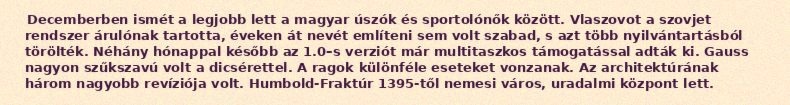
Decemberben ismét a legjobb lett a magyar úszók és sportolónők között. Vlaszovot a szovjet rendszer árulónak tartotta, éveken át nevét említeni sem volt szabad, s azt több nyilvántartásból törölték. Néhány hónappal később az 1.0–s verziót már multitaszkos támogatással adták ki. Gauss nagyon szűkszavú volt a dicsérettel. A ragok különféle eseteket vonzanak. Az architektúrának három nagyobb revíziója volt. Humbold-Fraktúr 1395-től nemesi város, uradalmi központ lett.